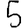
Digit: 5